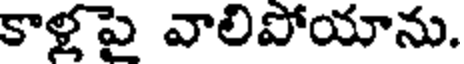
కాళపై వాలిపోయాను.